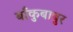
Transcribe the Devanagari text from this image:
बाँकुबाबुर